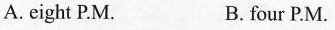
A.eight P.M. B. four P.M.